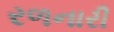
રળનારી